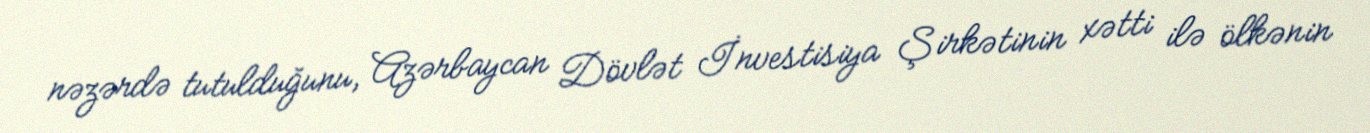
nəzərdə tutulduğunu, Azərbaycan Dövlət İnvestisiya Şirkətinin xətti ilə ölkənin